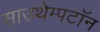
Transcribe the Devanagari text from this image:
साउथेम्पटॉन